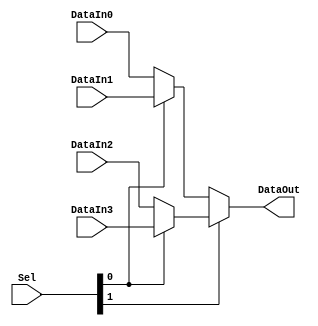
`timescale 1ns/1ns

module MUX_4to1_1bit( Sel, DataIn0, DataIn1, DataIn2, DataIn3, DataOut );

  input DataIn0 ;
  input DataIn1 ;
  input DataIn2 ;
  input DataIn3 ;
  input [1:0] Sel ;

  output DataOut ;

  assign DataOut = Sel[1] ? ( Sel[0] ? DataIn3 : DataIn2 ) : ( Sel[0] ? DataIn1 : DataIn0 );

endmodule